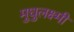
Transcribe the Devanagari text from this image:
मुधुलक्ष्मी